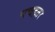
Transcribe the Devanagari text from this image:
पचहतर